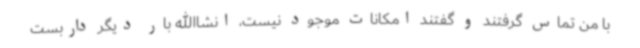
با من تماس گرفتند و گفتند امکانات موجود نیست، انشاالله بار دیگر داربست